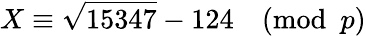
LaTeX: X\equiv{\sqrt{15347}}-124{\pmod{p}}